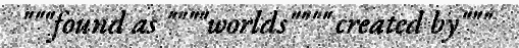
"""found as """"worlds"""" created by"""